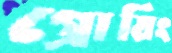
গ্রোয়িং